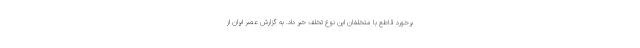
برخورد قاطع با متخلفان این نوع تخلف خبر داد. به گزارش عصر ایران از